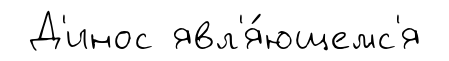
Д'инос явл'я́ющемс'я